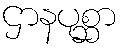
ဌာနပုစ္ဆာ